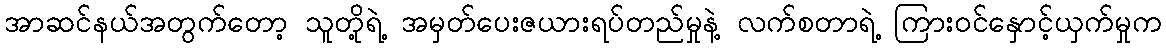
အာဆင်နယ်အတွက်တော့ သူတို့ရဲ့ အမှတ်ပေးဇယားရပ်တည်မှုနဲ့ လက်စတာရဲ့ ကြားဝင်နှောင့်ယှက်မှုက